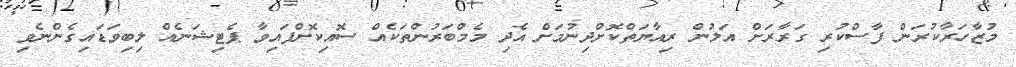
މުޒާހަރާކުރަން ފާސްކުރި ގަރާރަށް އަލުން ރިއާޔަތްކޮށްދިނުމަށް އެދި މެމްބަރުންތަކެއް ސޮއިކޮށްފައިވާ ޕެޓިޝަނެއް ލިބިވަޑައިގެންނެވި